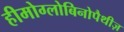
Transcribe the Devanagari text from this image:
हीमोग्लोबिनोपैथीज़